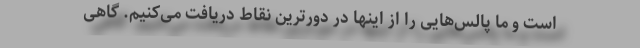
است و ما پالس‌هایی را از اینها در دورترین نقاط دریافت می‌کنیم. گاهی